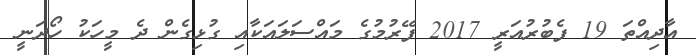
އާދިއްތަ 19 ފެބުރުއަރީ 2017 ފޭރުމުގެ މައްސަލައަކާއި ގުޅިގެން ދެ މީހަކު ހޯދަނީ